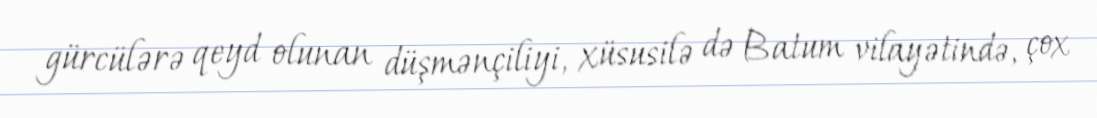
gürcülərə qeyd olunan düşmənçiliyi, xüsusilə də Batum vilayətində, çox